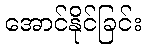
အောင်နိုင်ခြင်း